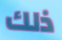
ذلك